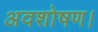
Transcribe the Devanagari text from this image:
अवशोषण।